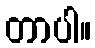
တာပါ။